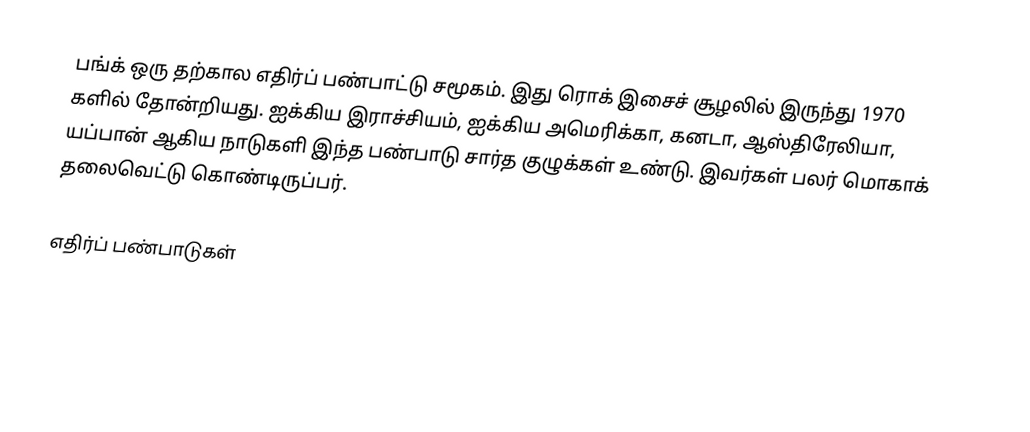
பங்க் ஒரு தற்கால எதிர்ப் பண்பாட்டு சமூகம். இது ரொக் இசைச் சூழலில் இருந்து 1970 களில் தோன்றியது. ஐக்கிய இராச்சியம், ஐக்கிய அமெரிக்கா, கனடா, ஆஸ்திரேலியா, யப்பான் ஆகிய நாடுகளி இந்த பண்பாடு சார்த குழுக்கள் உண்டு. இவர்கள் பலர் மொகாக் தலைவெட்டு கொண்டிருப்பர்.

எதிர்ப் பண்பாடுகள்